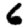
Digit: 6